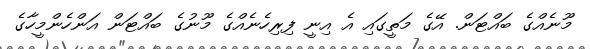
މޫނެއްގެ ބައްޓަން. އޭގެ މަތީގައި އެ އިނީ ފިރިހެނެއްގެ މޫނުގެ ބައްޓަން އަންހެންމީހާގެ